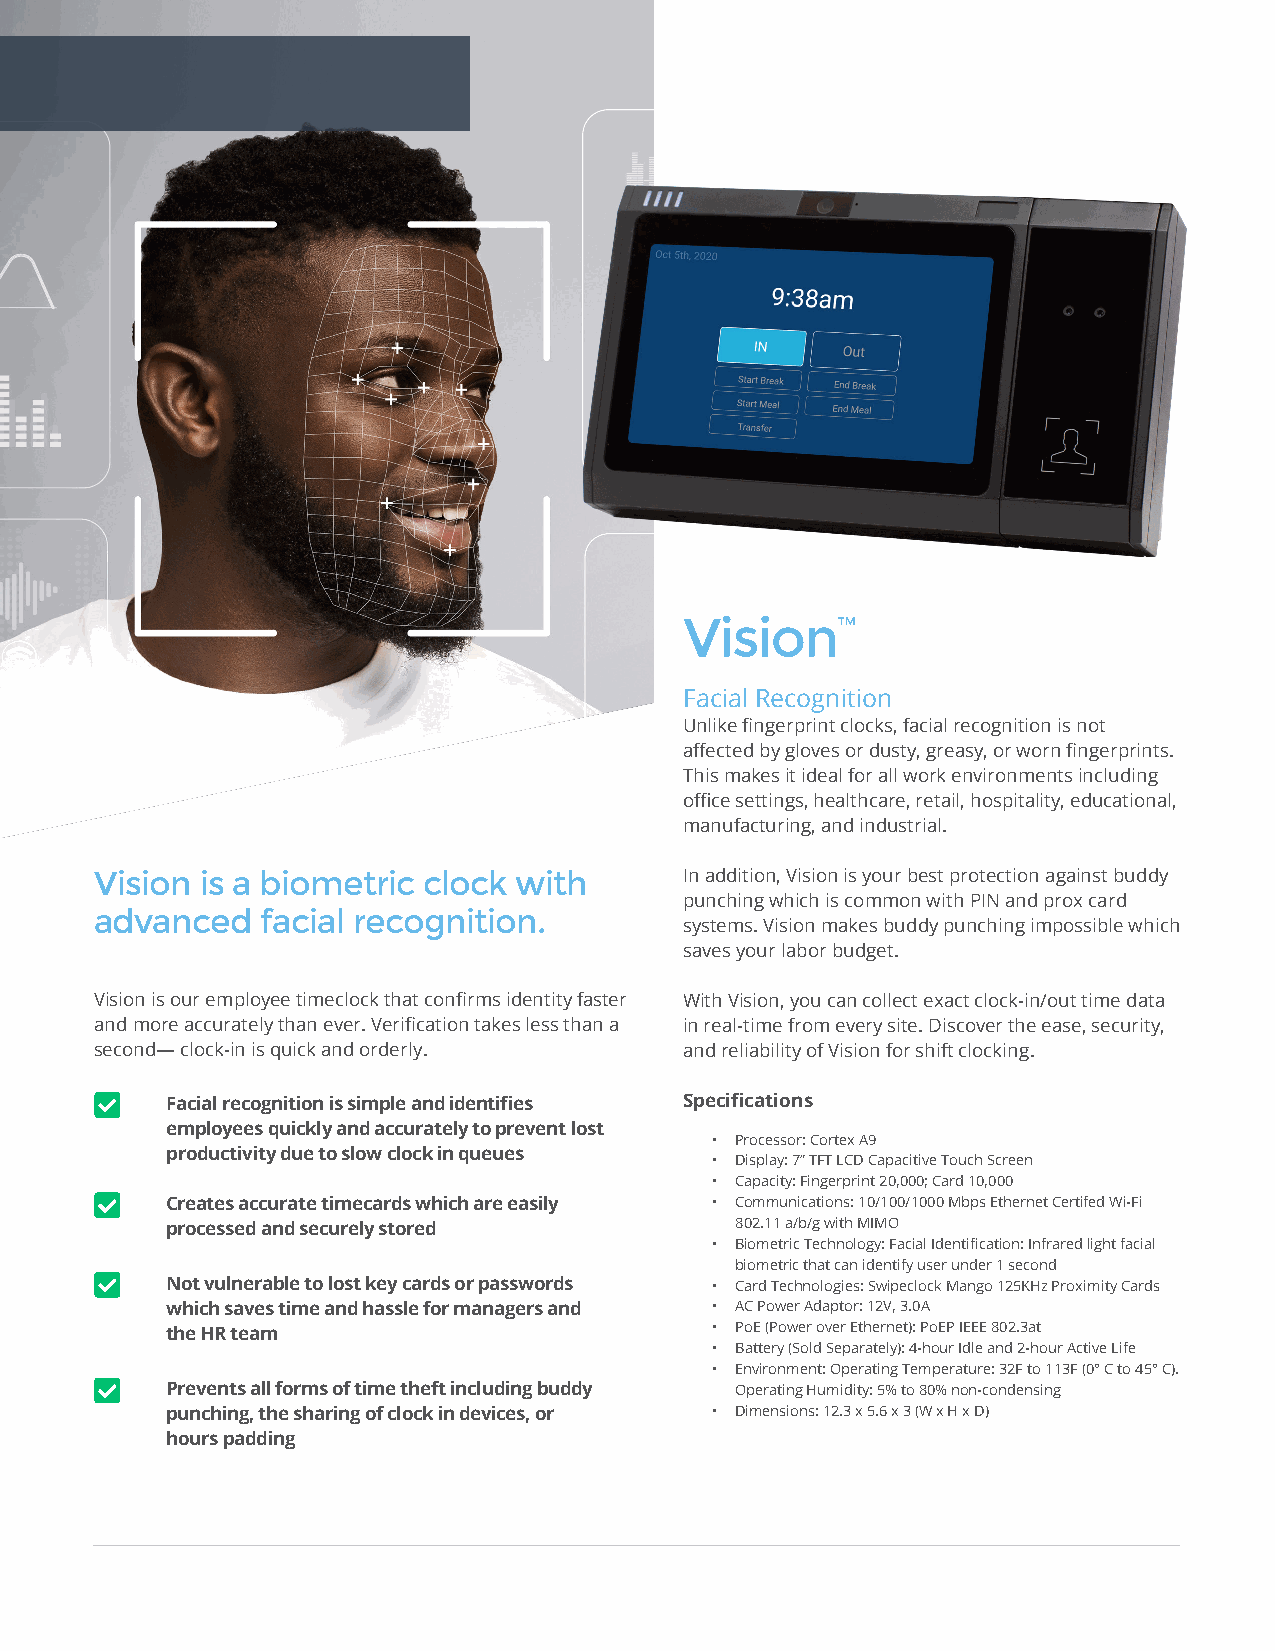
Vision™
 Facial Recognition
 Unlike fingerprint clocks, facial recognition is not
 affected by gloves or dusty, greasy, or worn fingerprints.
 This makes it ideal for all work environments including
 office settings, healthcare, retail, hospitality, educational,
 manufacturing, and industrial.
 Vision is a biometric clock with       In addition, Vision is your best protection against buddy
 punching which is common with PIN and prox card
 advanced   facial recognition.
 systems. Vision makes buddy punching impossible which
 saves your labor budget.
 Vision is our employee timeclock that confirms identity faster With Vision, you can collect exact clock-in/out time data
 and more accurately than ever. Verification takes less than a in real-time from every site. Discover the ease, security,
 second— clock-in is quick and orderly. and reliability of Vision for shift clocking.
 Facial recognition is simple and identifies Specifications
 employees quickly and accurately to prevent lost
 • Processor: Cortex A9
 productivity due to slow clock in queues
 • Display: 7” TFT LCD Capacitive Touch Screen
 • Capacity: Fingerprint 20,000; Card 10,000
 Creates accurate timecards which are easily • Communications: 10/100/1000 Mbps Ethernet Certifed Wi-Fi
 processed and securely stored         802.11 a/b/g with MIMO
 • Biometric Technology: Facial Identification: Infrared light facial
 biometric that can identify user under 1 second
 Not vulnerable to lost key cards or passwords • Card Technologies: Swipeclock Mango 125KHz Proximity Cards
 which saves time and hassle for managers and • AC Power Adaptor: 12V, 3.0A
 the HR team                         • PoE (Power over Ethernet): PoEP IEEE 802.3at
 • Battery (Sold Separately): 4-hour Idle and 2-hour Active Life
 • Environment: Operating Temperature: 32F to 113F (0° C to 45° C).
 Prevents all forms of time theft including buddy Operating Humidity: 5% to 80% non-condensing
 punching, the sharing of clock in devices, or • Dimensions: 12.3 x 5.6 x 3 (W x H x D)
 hours padding